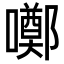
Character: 𡂸